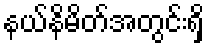
နယ်နိမိတ်အတွင်းရှိ